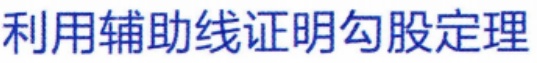
利用辅助线证明勾股定理